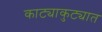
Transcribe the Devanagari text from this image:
काट्याकुट्यात